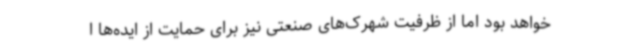
خواهد بود اما از ظرفیت شهرک‌های صنعتی نیز برای حمایت از ایده‌ها ا